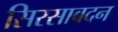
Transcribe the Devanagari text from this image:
सिरसाबदन